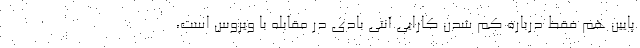
پایین هم فقط درباره کم شدن کارایی آنتی بادی در مقابله با ویروس است،